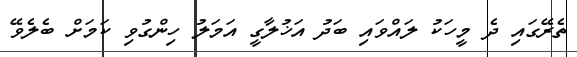
ތެރޭގައި ދެ މީހަކު ލައްވައި ބަދު އަޚުލާގީ އަމަލު ހިންގުވި ކަމަށް ބެލެވޭ